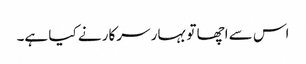
اس سے اچھا تو بہار سرکار نے کیا ہے۔